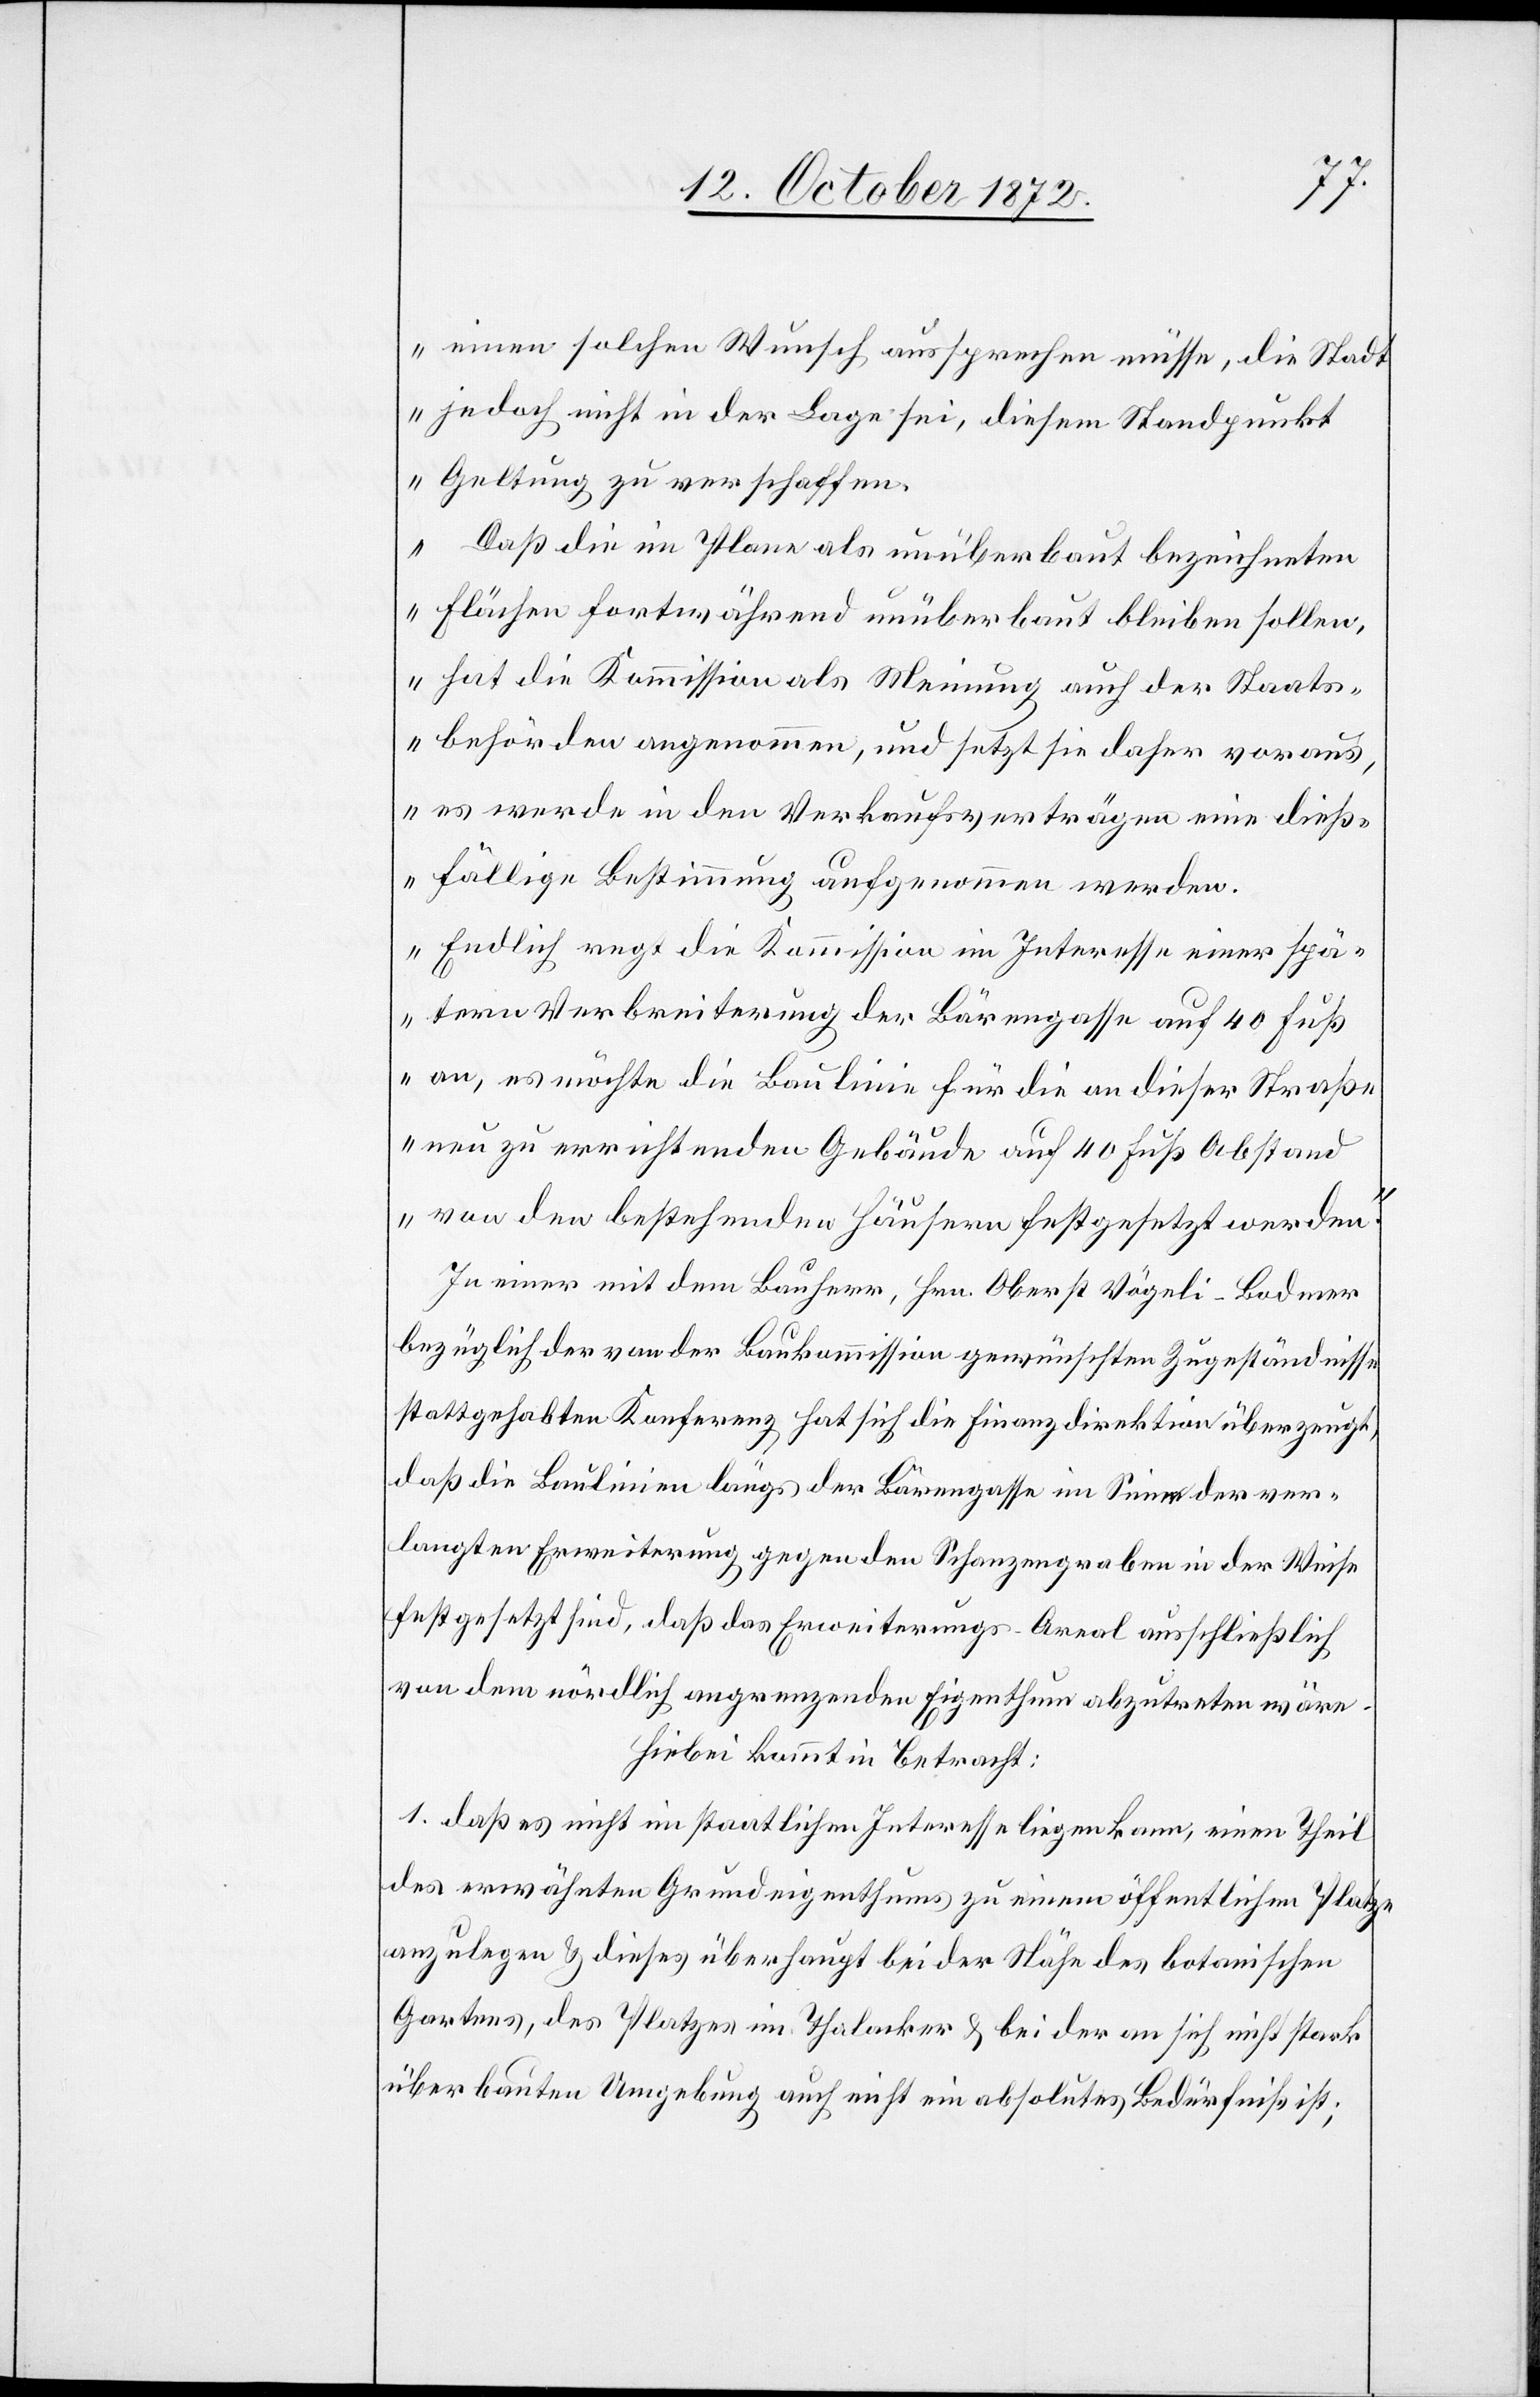
einen solchen Wunsch aussprechen müsse, die Stadt
jedoch nicht in der Lage sei, diesem Standpunkt
Geltung zu verschaffen.
Daß die im Plane als unüberbaut bezeichneten
Flächen fortwährend unüberbaut bleiben sollen,
hat die Kommission als Meinung auch der Staats¬
behörden angenommen, und setzt sie daher voraus,
es werde in den Verkaufsverträgen eine dieß¬
fällige Bestimmung aufgenommen werden.
Endlich regt die Kommission im Interesse einer spä¬
tern Verbreiterung der Bärengasse auf 40 Fuß
an, es möchte die Baulinie für die an dieser Straße
neu zu errichtenden Gebäude auf 40 Fuß Abstand
von den bestehenden Häusern festgesetzt werden.“
In einer mit dem Bauherr, Hr. Oberst Vögeli-Bodmer
bezüglich der von der Baukommission gewünschten Zugeständnisse
stattgehabten Konferenz hat sich die Finanzdirektion überzeugt,
daß die Baulinien längs der Bärengasse im Sinne der ver¬
langten Erweiterung gegen den Schanzengraben in der Weise
festgesetzt sind, daß das Erweiterungs-Areal ausschließlich
von dem nördlich angrenzenden Eigenthum abzutreten wäre.
Hiebei kommt in Betracht:
1. daß es nicht im staatlichen Interesse liegen kann, einen Theil
des erwähnten Grundeigenthums zu einem öffentlichen Platze
anzulegen u. dieses überhaupt bei der Nähe des botanischen
Gartens, des Platzes im Thalacker u. bei der an sich nicht stark
überbauten Umgebung auch nicht ein absolutes Bedürfniß ist;